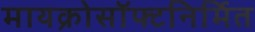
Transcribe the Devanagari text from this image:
मायक्रोसॉफ्टनिर्मित